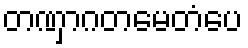
တဏှာဂတမေတံပေ